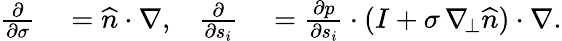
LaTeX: \begin{array}{rlrl}{\frac{\partial}{\partial\sigma}}&{{}=\widehat{n}\cdot\nabla,}&{\frac{\partial}{\partial s_{i}}}&{{}=\frac{\partial p}{\partial s_{i}}\cdot(I+\sigma\, \nabla_{\! \bot}\widehat{n})\cdot\nabla.}\end{array}